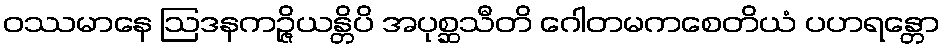
ဝဿမာနေ ဩဒနကဉ္ဇိယန္တိပိ အပုစ္ဆသီတိ ဂေါတမကစေတိယံ ပဟရန္တော